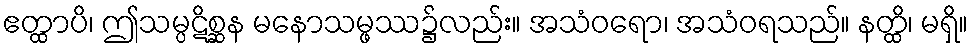
ဧတ္ထာပိ၊ ဤသမ္ပဋိစ္ဆန မနောသမ္ဖဿ၌လည်း။ အသံဝရော၊ အသံဝရသည်။ နတ္ထိ၊ မရှိ။